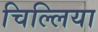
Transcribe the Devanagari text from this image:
चिल्लिया